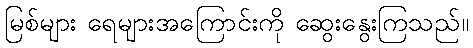
မြစ်များ ရေများအကြောင်းကို ဆွေးနွေးကြသည်။